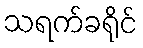
သရက်ခရိုင်